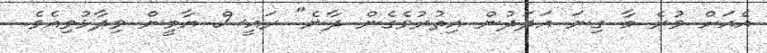
އެއަށް ވުރެ މާ ގިނަ އަދަދުން އިތުރުވެގެން ދާނެ" ރައީސް ޔާމީން ވިދާޅުވިއެވެ.